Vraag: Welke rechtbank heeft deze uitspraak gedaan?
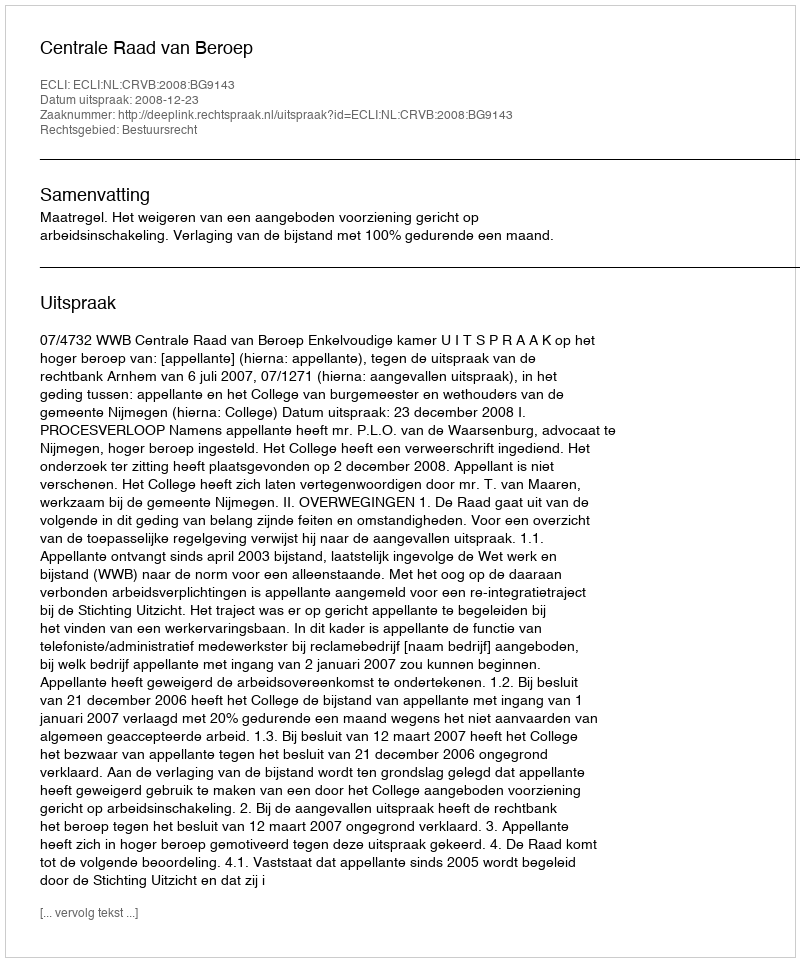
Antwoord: Centrale Raad van Beroep